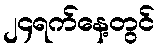
၂၄ရက်နေ့တွင်